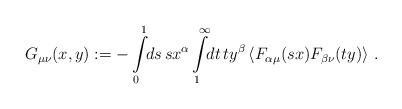
\begin{align*}G_{\mu\nu}(x,y) := -\int\limits^1_0 \!\! ds \, s x^\alpha \int\limits^\infty_1 \!\! dt \, t y^\beta\left\langle F_{\alpha\mu}(sx) F_{\beta\nu}(ty) \right\rangle \,.\end{align*}